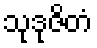
သုဒုဇိတံ